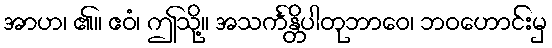
အာဟ၊ ၏။ ဧဝံ၊ ဤသို့။ အသင်္ကန္တိပါတုဘာဝေ၊ ဘဝဟောင်းမှ